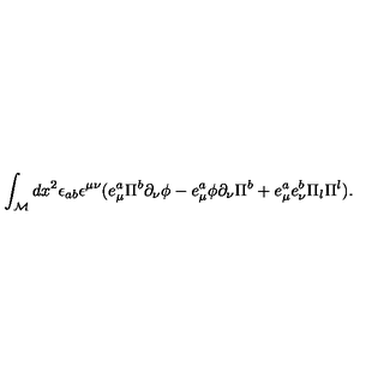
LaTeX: \int _ { \cal M } d x ^ { 2 } \epsilon _ { a b } \epsilon ^ { \mu \nu } ( e _ { \mu } ^ { a } \Pi ^ { b } \partial _ { \nu } \phi - e _ { \mu } ^ { a } \phi \partial _ { \nu } \Pi ^ { b } + e _ { \mu } ^ { a } e _ { \nu } ^ { b } \Pi _ { l } \Pi ^ { l } ) .